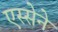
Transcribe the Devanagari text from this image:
एस्सेने